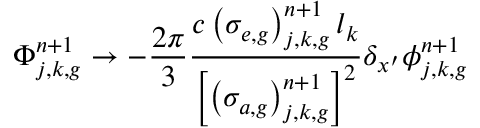
\Phi _ { j , k , g } ^ { n + 1 } \to - \frac { 2 \pi } { 3 } \frac { c \left( \sigma _ { e , g } \right) _ { j , k , g } ^ { n + 1 } l _ { k } } { \left[ \left( \sigma _ { a , g } \right) _ { j , k , g } ^ { n + 1 } \right] ^ { 2 } } \delta _ { x ^ { \prime } } \phi _ { j , k , g } ^ { n + 1 }